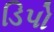
ડિપો